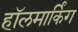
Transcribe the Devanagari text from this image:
हॉलमार्किंग